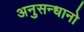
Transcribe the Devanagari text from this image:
अनुसन्धानो